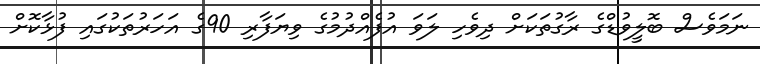
ނަމަވެސް ބޮލީވުޑްގެ ރާގުތަކަށް ދިވެހި ލަވަ އުފެއްދުމުގެ ވިޔަފާރި 90ގެ އަހަރުތަކުގައި ފުޅާކޮށް